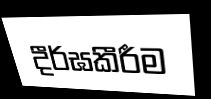
දීර්ඝකීරීම